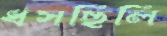
ধসছিলি